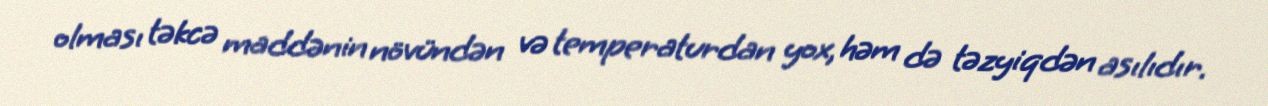
olması təkcə maddənin növündən və temperaturdan yox, həm də təzyiqdən asılıdır.